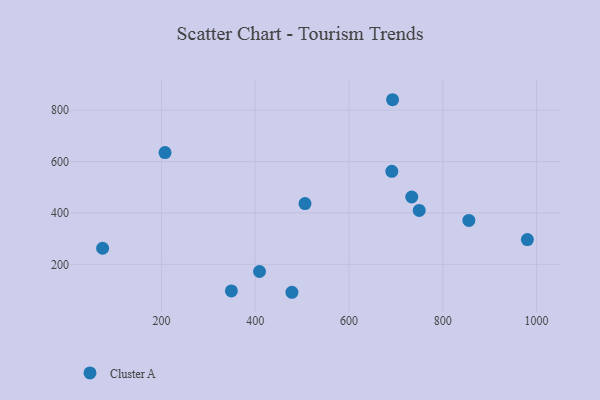
{"axis": {"x": "Ad Spend", "y": "Fuel Efficiency"}, "legend": ["Cluster A"], "data": [{"x": "478.3", "y": 91.2, "type": "Cluster A"}, {"x": "855.7", "y": 371.0, "type": "Cluster A"}, {"x": "980.5", "y": 296.3, "type": "Cluster A"}, {"x": "693.0", "y": 840.8, "type": "Cluster A"}, {"x": "733.9", "y": 462.2, "type": "Cluster A"}, {"x": "207.7", "y": 635.1, "type": "Cluster A"}, {"x": "506.2", "y": 436.6, "type": "Cluster A"}, {"x": "691.4", "y": 562.1, "type": "Cluster A"}, {"x": "409.2", "y": 172.0, "type": "Cluster A"}, {"x": "749.8", "y": 409.7, "type": "Cluster A"}, {"x": "74.6", "y": 262.5, "type": "Cluster A"}, {"x": "349.2", "y": 96.6, "type": "Cluster A"}]}